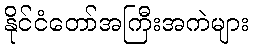
နိုင်ငံတော်အကြီးအကဲများ